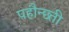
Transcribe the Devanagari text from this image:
पहौन्छ्ती